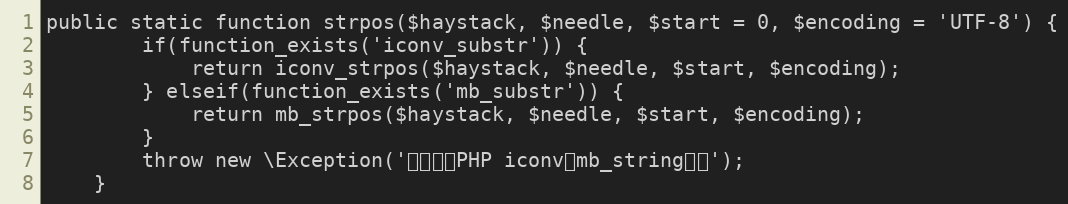
Language: PHP
public static function strpos($haystack, $needle, $start = 0, $encoding = 'UTF-8') {
	    if(function_exists('iconv_substr')) {
	        return iconv_strpos($haystack, $needle, $start, $encoding);
	    } elseif(function_exists('mb_substr')) {
	        return mb_strpos($haystack, $needle, $start, $encoding);
	    }
	    throw new \Exception('请先安装PHP iconv或mb_string扩展');
	}